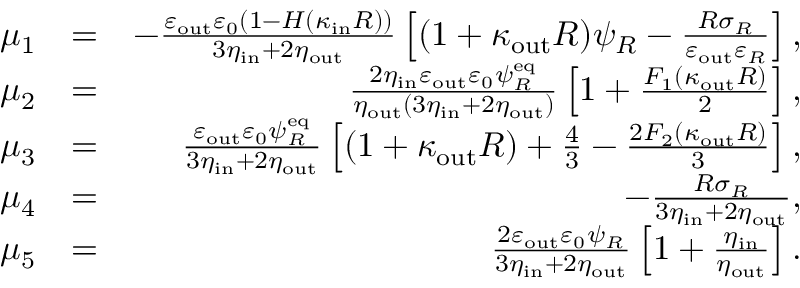
\begin{array} { r l r } { \mu _ { 1 } } & { = } & { - \frac { \varepsilon _ { \mathrm { o u t } } \varepsilon _ { 0 } ( 1 - H ( \kappa _ { \mathrm { i n } } R ) ) } { 3 \eta _ { \mathrm { i n } } + 2 \eta _ { \mathrm { o u t } } } \left[ ( 1 + \kappa _ { \mathrm { o u t } } R ) \psi _ { R } - \frac { R \sigma _ { R } } { \varepsilon _ { \mathrm { o u t } } \varepsilon _ { R } } \right] , } \\ { \mu _ { 2 } } & { = } & { \frac { 2 \eta _ { \mathrm { i n } } \varepsilon _ { \mathrm { o u t } } \varepsilon _ { 0 } \psi _ { R } ^ { \mathrm { e q } } } { \eta _ { \mathrm { o u t } } ( 3 \eta _ { \mathrm { i n } } + 2 \eta _ { \mathrm { o u t } } ) } \left[ 1 + \frac { F _ { 1 } ( \kappa _ { \mathrm { o u t } } R ) } { 2 } \right] , } \\ { \mu _ { 3 } } & { = } & { \frac { \varepsilon _ { \mathrm { o u t } } \varepsilon _ { 0 } \psi _ { R } ^ { \mathrm { e q } } } { 3 \eta _ { \mathrm { i n } } + 2 \eta _ { \mathrm { o u t } } } \left[ ( 1 + \kappa _ { \mathrm { o u t } } R ) + \frac { 4 } { 3 } - \frac { 2 F _ { 2 } ( \kappa _ { \mathrm { o u t } } R ) } { 3 } \right] , } \\ { \mu _ { 4 } } & { = } & { - \frac { R \sigma _ { R } } { 3 \eta _ { \mathrm { i n } } + 2 \eta _ { \mathrm { o u t } } } , } \\ { \mu _ { 5 } } & { = } & { \frac { 2 \varepsilon _ { \mathrm { o u t } } \varepsilon _ { 0 } \psi _ { R } } { 3 \eta _ { \mathrm { i n } } + 2 \eta _ { \mathrm { o u t } } } \left[ 1 + \frac { \eta _ { \mathrm { i n } } } { \eta _ { \mathrm { o u t } } } \right] . } \end{array}